Indian journal of veterinary science and animal husbandry - Volume 12,
Year: 1942
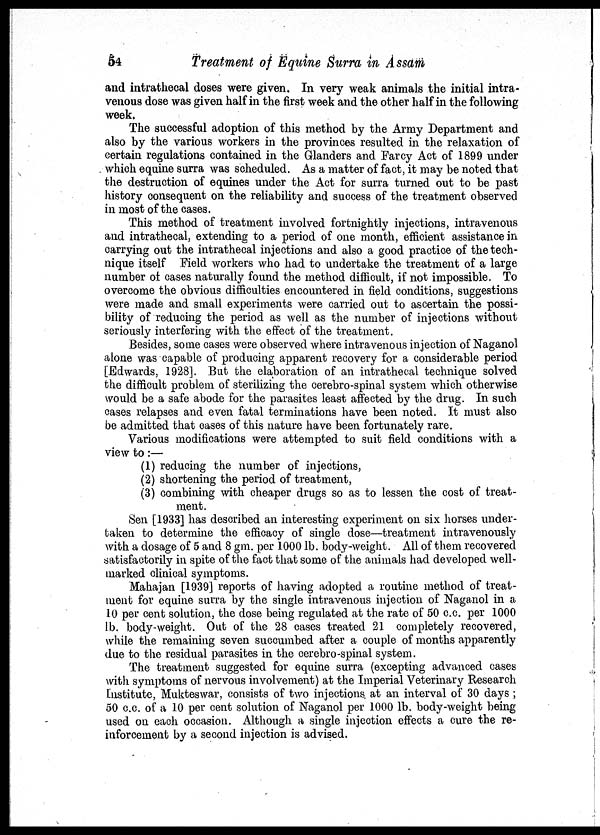
54
Treatment of Equine Surra in Assam
and intrathecal doses were given. In very weak animals the initial intra-
venous dose was given half in the first week and the other half in the following
week.
The successful adoption of this method by the Army Department and
also by the various workers in the provinces resulted in the relaxation of
certain regulations contained in the Glanders and Farcy Act of 1899 under
which equine surra was scheduled. As a matter of fact, it may be noted that
the destruction of equines under the Act for surra turned out to be past
history consequent on the reliability and success of the treatment observed
in most of the cases.
This method of treatment involved fortnightly injections, intravenous
and intrathecal, extending to a period of one month, efficient assistance in
carrying out the intrathecal injections and also a good practice of the tech-
nique itself Field workers who had to undertake the treatment of a large
number of cases naturally found the method difficult, if not impossible. To
overcome the obvious difficulties encountered in field conditions, suggestions
were made and small experiments were carried out to ascertain the possi-
bility of reducing the period as well as the number of injections without
seriously interfering with the effect of the treatment.
Besides, some cases were observed where intravenous injection of Naganol
alone was capable of producing apparent recovery for a considerable period
[Edwards, 1928]. But the elaboration of an intrathecal technique solved
the difficult problem of sterilizing the cerebro-spinal system which otherwise
would be a safe abode for the parasites least affected by the drug. In such
cases relapses and even fatal terminations have been noted. It must also
be admitted that cases of this nature have been fortunately rare.
Various modifications were attempted to suit field conditions with a
view to:—
(1) reducing the number of injections,
(2) shortening the period of treatment,
(3) combining with cheaper drugs so as to lessen the cost of treat-
ment.
Sen [1933] has described an interesting experiment on six horses under-
taken to determine the efficacy of single dose—treatment intravenously
with a dosage of 5 and 8 gm. per 1000 lb. body-weight. All of them recovered
satisfactorily in spite of the fact that some of the animals had developed well-
marked clinical symptoms.
Mahajan [1939] reports of having adopted a routine method of treat-
ment for equine surra by the single intravenous injection of Naganol in a
10 per cent solution, the dose being regulated at the rate of 50 c.c. per 1000
lb. body-weight. Out of the 28 cases treated 21 completely recovered,
while the remaining seven succumbed after a couple of months apparently
due to the residual parasites in the cerebro-spinal system.
The treatment suggested for equine surra (excepting advanced cases
with symptoms of nervous involvement) at the Imperial Veterinary Research
Institute, Mukteswar, consists of two injections, at an interval of 30 days ;
50 c.c. of a 10 per cent solution of Naganol per 1000 lb. body-weight being
used on each occasion. Although a single injection effects a cure the re-
inforcement by a second injection is advised.